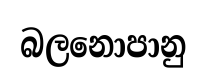
බලනොපානු